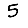
Digit: 5